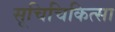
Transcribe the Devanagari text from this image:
सूचिचिकित्सा